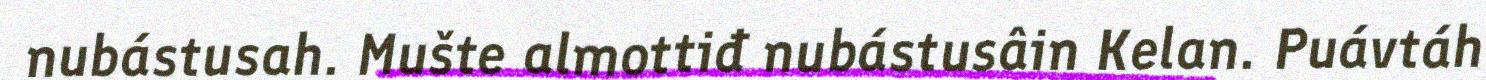
nubástusah. Mušte almottiđ nubástusâin Kelan. Puávtáh